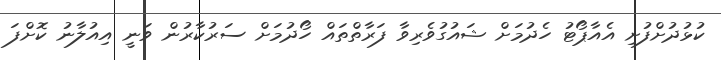
ކުޅުދުށްފުށި އެއާޕޯޓު ހެދުމަށް ޝައުގުވެރިވާ ފަރާތްތައް ހޯދުމަށް ސަރުކާރުން ވަނީ އިއުލާނު ކޮށްފަ